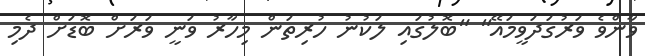
ވާންވެ ވަރުގަދަވީމައޭ" "ބޮލުގައި ލަކުނު ހުރިތަން މިހާރު ވަނީ ވަރަށް ބޮޑަށް ދެމި